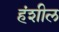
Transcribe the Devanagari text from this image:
हंशील